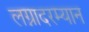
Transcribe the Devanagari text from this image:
लग्नादरम्यान